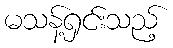
မသန့်ရှင်းသည့်